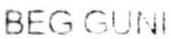
BEG GUNI